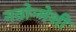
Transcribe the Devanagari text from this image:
नवोन्मेशी